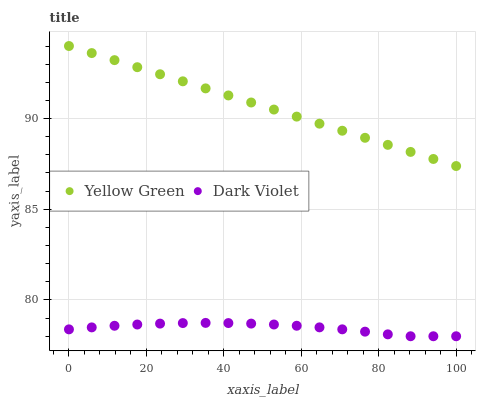
| xaxis_label | Yellow Green | Dark Violet |
 | --- | --- | --- |
 | 0 | 94 | 78.4 |
 | 5.88 | 93.6 | 78.5 |
 | 11.8 | 93.2 | 78.6 |
 | 17.6 | 92.8 | 78.6 |
 | 23.5 | 92.4 | 78.7 |
 | 29.4 | 92.1 | 78.7 |
 | 35.3 | 91.7 | 78.7 |
 | 41.2 | 91.3 | 78.7 |
 | 47.1 | 90.9 | 78.7 |
 | 52.9 | 90.5 | 78.6 |
 | 58.8 | 90.1 | 78.6 |
 | 64.7 | 89.7 | 78.5 |
 | 70.6 | 89.3 | 78.4 |
 | 76.5 | 88.9 | 78.3 |
 | 82.4 | 88.6 | 78.1 |
 | 88.2 | 88.2 | 78 |
 | 94.1 | 87.8 | 78 |
 | 100 | 87.4 | 78 |